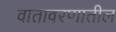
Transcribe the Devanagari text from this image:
वातावरणातील